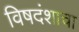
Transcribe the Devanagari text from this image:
विषदंशाचा